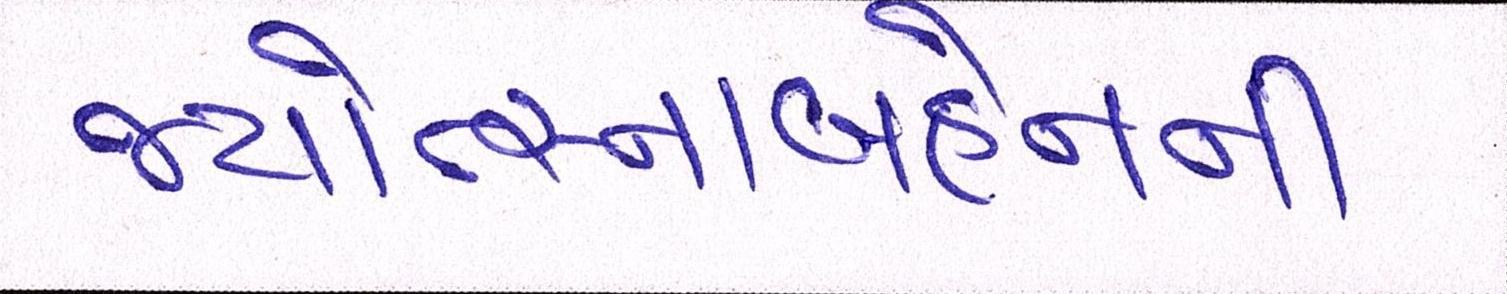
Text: જ્યોત્સ્નાબહેનની